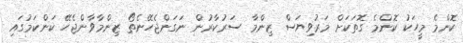
ކޮންމެ މީހަކު ކޮންމެ ގޮތަކަށް މަރުވިޔަސް ޒިންމާ ސަރުކާރުން ނަގަންޖެހޭނެތޯ ޒިންމާވާންޖެހޭ ކަންކަމުގައި